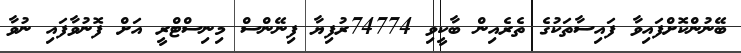
ބޭނުންކޮށްފައިވާ ފައިސާތަކުގެ ތެރެއިން ބާކީވި 74774ރުފިޔާ ފިނޭންސް މިނިސްޓްރީ އަށް ފޮނުވާފައި ނުވާ